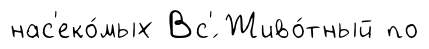
нас'еко́мых Вс'́ Живо́тный по